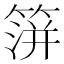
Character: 𥰅